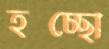
হচ্ছো